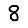
Digit: 8